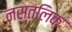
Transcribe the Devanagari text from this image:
नस्तलिक़